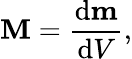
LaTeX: \mathbf{M}={\frac{\mathrm{d}\mathbf{m}}{\mathrm{d}V}},